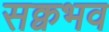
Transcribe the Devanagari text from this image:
सक्वभव